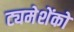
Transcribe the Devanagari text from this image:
ट्यमेशेंको